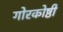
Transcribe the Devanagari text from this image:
गोरकोष्ठी